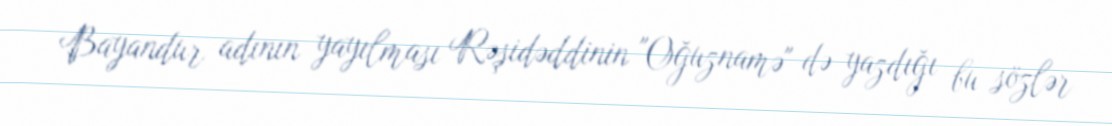
Bayandur adının yayılması Rəşidəddinin "Oğuznamə" də yazdığı bu sözlər